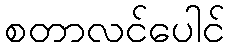
စတာလင်ပေါင်